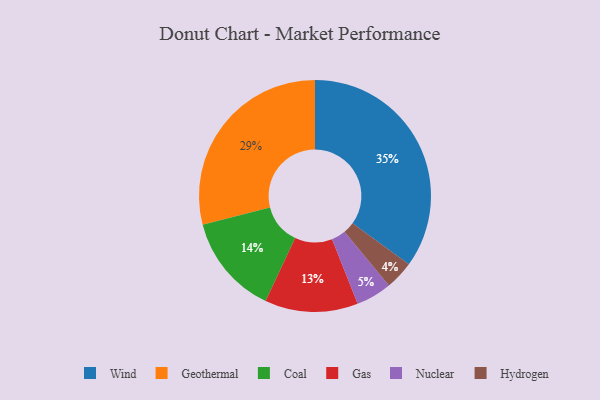
{"axis": {"x": "Category", "y": "Percentage"}, "legend": ["Coal", "Gas", "Geothermal", "Hydrogen", "Nuclear", "Wind"], "data": [{"x": "Coal", "y": 14, "type": "Coal"}, {"x": "Gas", "y": 13, "type": "Gas"}, {"x": "Nuclear", "y": 5, "type": "Nuclear"}, {"x": "Wind", "y": 35, "type": "Wind"}, {"x": "Hydrogen", "y": 4, "type": "Hydrogen"}, {"x": "Geothermal", "y": 29, "type": "Geothermal"}]}